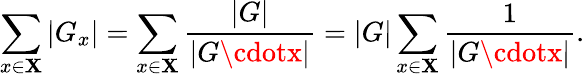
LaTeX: \sum_{x\in\mathbf{X}}|G_{x}|=\sum_{x\in\mathbf{X}}{\frac{{|G|}}{{|G\cdotx|}}}=|G|\sum_{x\in\mathbf{X}}{\frac{{1}}{{|G\cdotx|}}}.